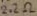
Text: 2.2KΩ